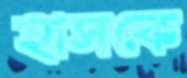
হাসকে